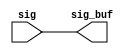
// ========== Copyright Header Begin ==========================================
// 
// OpenSPARC T1 Processor File: sctag_pcx_rptr_2.v
// Copyright (c) 2006 Sun Microsystems, Inc.  All Rights Reserved.
// DO NOT ALTER OR REMOVE COPYRIGHT NOTICES.
// 
// The above named program is free software; you can redistribute it and/or
// modify it under the terms of the GNU General Public
// License version 2 as published by the Free Software Foundation.
// 
// The above named program is distributed in the hope that it will be 
// useful, but WITHOUT ANY WARRANTY; without even the implied warranty of
// MERCHANTABILITY or FITNESS FOR A PARTICULAR PURPOSE.  See the GNU
// General Public License for more details.
// 
// You should have received a copy of the GNU General Public
// License along with this work; if not, write to the Free Software
// Foundation, Inc., 51 Franklin St, Fifth Floor, Boston, MA 02110-1301, USA.
// 
// ========== Copyright Header End ============================================
module sctag_pcx_rptr_2 (/*AUTOARG*/
   // Outputs
   sig_buf, 
   // Inputs
   sig
   );


// this repeater has 164 bits

output  [163:0] sig_buf;
input   [163:0] sig;


assign  sig_buf  = sig;



//output                   pcx_sctag_data_rdy_px1_buf;
//output [`PCX_WIDTH-1:0]  pcx_sctag_data_px2_buf;   // pcx to sctag packet
//output                   pcx_sctag_atm_px1_buf; // indicates that the current packet is atm with the next
//output			sctag_pcx_stall_pq_buf;

//input                   pcx_sctag_data_rdy_px1;
//input [`PCX_WIDTH-1:0]  pcx_sctag_data_px2;   // pcx to sctag packet
//input                   pcx_sctag_atm_px1; // indicates that the current packet is atm with the next
//input			sctag_pcx_stall_pq;


//assign	pcx_sctag_data_rdy_px1_buf = pcx_sctag_data_rdy_px1; 
//assign	pcx_sctag_data_px2_buf = pcx_sctag_data_px2;
//assign	pcx_sctag_atm_px1_buf = pcx_sctag_atm_px1;
//assign	sctag_pcx_stall_pq_buf = sctag_pcx_stall_pq;

endmodule